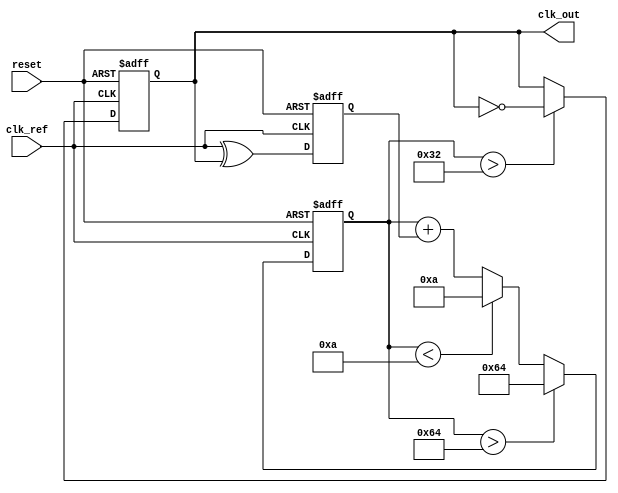
module PLL (
    input wire clk_ref,          // Reference clock input
    input wire reset,            // Reset signal
    output reg clk_out           // Output clock
);

// Parameters
parameter MEMORY_SIZE = 8;     // Size of memory blocks
parameter VCO_MAX_FREQ = 100;  // Max frequency for VCO
parameter VCO_MIN_FREQ = 10;   // Min frequency for VCO

// Memory blocks
reg [7:0] memory [0:MEMORY_SIZE-1]; // Memory for storing states
reg [7:0] control_voltage;           // Control voltage for VCO

// Phase Detector (PD)
reg phase_error;                    // Phase error signal
always @(posedge clk_ref or posedge reset) begin
    if (reset) begin
        phase_error <= 0;
    end else begin
        // Simple phase detection logic (for demonstration)
        // In a real design, this would be more complex
        phase_error <= (clk_ref ^ clk_out); // XOR for phase difference
    end
end

// Loop Filter (LF)
reg [15:0] filter_output;           // Output of the loop filter
always @(posedge clk_ref or posedge reset) begin
    if (reset) begin
        filter_output <= 0;
    end else begin
        // Simple integrator for loop filter
        filter_output <= filter_output + phase_error; // Integrate phase error
        // Clamp the output to control voltage range
        if (filter_output > VCO_MAX_FREQ) begin
            filter_output <= VCO_MAX_FREQ;
        end else if (filter_output < VCO_MIN_FREQ) begin
            filter_output <= VCO_MIN_FREQ;
        end
    end
end

// Voltage-Controlled Oscillator (VCO)
always @(posedge clk_ref or posedge reset) begin
    if (reset) begin
        clk_out <= 0;
    end else begin
        // Generate output clock based on control voltage
        // This is a simplified model; actual VCO would be more complex
        if (filter_output > 50) begin
            clk_out <= ~clk_out; // Toggle output clock
        end
    end
end

// Memory Control Logic
integer i;
always @(posedge clk_ref or posedge reset) begin
    if (reset) begin
        // Initialize memory blocks
        for (i = 0; i < MEMORY_SIZE; i = i + 1) begin
            memory[i] <= 0;
        end
    end else begin
        // Example: Store control voltage in memory
        memory[0] <= filter_output[7:0]; // Store lower byte of control voltage
        // Additional logic can be added to update memory based on conditions
    end
end

endmodule